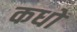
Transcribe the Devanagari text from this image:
कधों